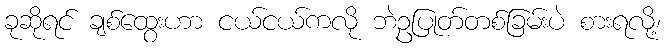
ခုဆိုရင် ချစ်ထွေးဟာ ငယ်ငယ်ကလို ဘဲဥပြုတ်တစ်ခြမ်းပဲ စားရလို့၊